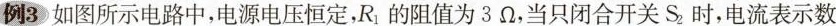
例3 如图所示电路中，电源电压恒定，R1的阻值为3Ω，当只闭合开关S_{2}时，电流表示数